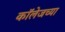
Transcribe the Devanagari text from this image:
काॅलेजच्या